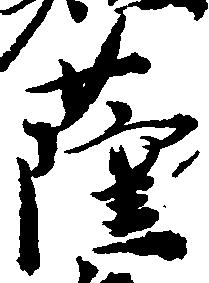
薩